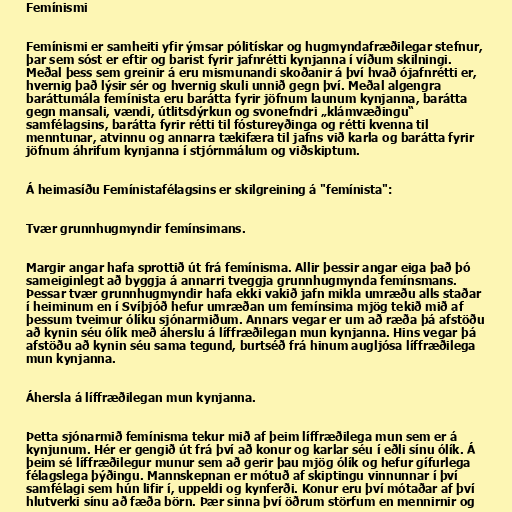
Femínismi

Femínismi er samheiti yfir ýmsar pólitískar og hugmyndafræðilegar stefnur,
þar sem sóst er eftir og barist fyrir jafnrétti kynjanna í víðum skilningi.
Meðal þess sem greinir á eru mismunandi skoðanir á því hvað ójafnrétti er,
hvernig það lýsir sér og hvernig skuli unnið gegn því. Meðal algengra
baráttumála femínista eru barátta fyrir jöfnum launum kynjanna, barátta
gegn mansali, vændi, útlitsdýrkun og svonefndri „klámvæðingu“
samfélagsins, barátta fyrir rétti til fóstureyðinga og rétti kvenna til
menntunar, atvinnu og annarra tækifæra til jafns við karla og barátta fyrir
jöfnum áhrifum kynjanna í stjórnmálum og viðskiptum.

Á heimasíðu Femínistafélagsins er skilgreining á "femínista":

Tvær grunnhugmyndir femínsimans.

Margir angar hafa sprottið út frá femínisma. Allir þessir angar eiga það þó
sameiginlegt að byggja á annarri tveggja grunnhugmynda femínsmans.
Þessar tvær grunnhugmyndir hafa ekki vakið jafn mikla umræðu alls staðar
í heiminum en í Svíþjóð hefur umræðan um femínsima mjög tekið mið af
þessum tveimur ólíku sjónarmiðum. Annars vegar er um að ræða þá afstöðu
að kynin séu ólík með áherslu á líffræðilegan mun kynjanna. Hins vegar þá
afstöðu að kynin séu sama tegund, burtséð frá hinum augljósa líffræðilega
mun kynjanna.

Áhersla á líffræðilegan mun kynjanna.

Þetta sjónarmið femínisma tekur mið af þeim líffræðilega mun sem er á
kynjunum. Hér er gengið út frá því að konur og karlar séu í eðli sínu ólík. Á
þeim sé líffræðilegur munur sem að gerir þau mjög ólík og hefur gífurlega
félagslega þýðingu. Mannskepnan er mótuð af skiptingu vinnunnar í því
samfélagi sem hún lifir í, uppeldi og kynferði. Konur eru því mótaðar af því
hlutverki sínu að fæða börn. Þær sinna því öðrum störfum en mennirnir og